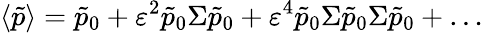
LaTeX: \langle\tilde{p}\rangle=\tilde{p}_{0}+\varepsilon^{2}\tilde{p}_{0}\Sigma\tilde{p}_{0}+\varepsilon^{4}\tilde{p}_{0}\Sigma\tilde{p}_{0}\Sigma\tilde{p}_{0}+\dots